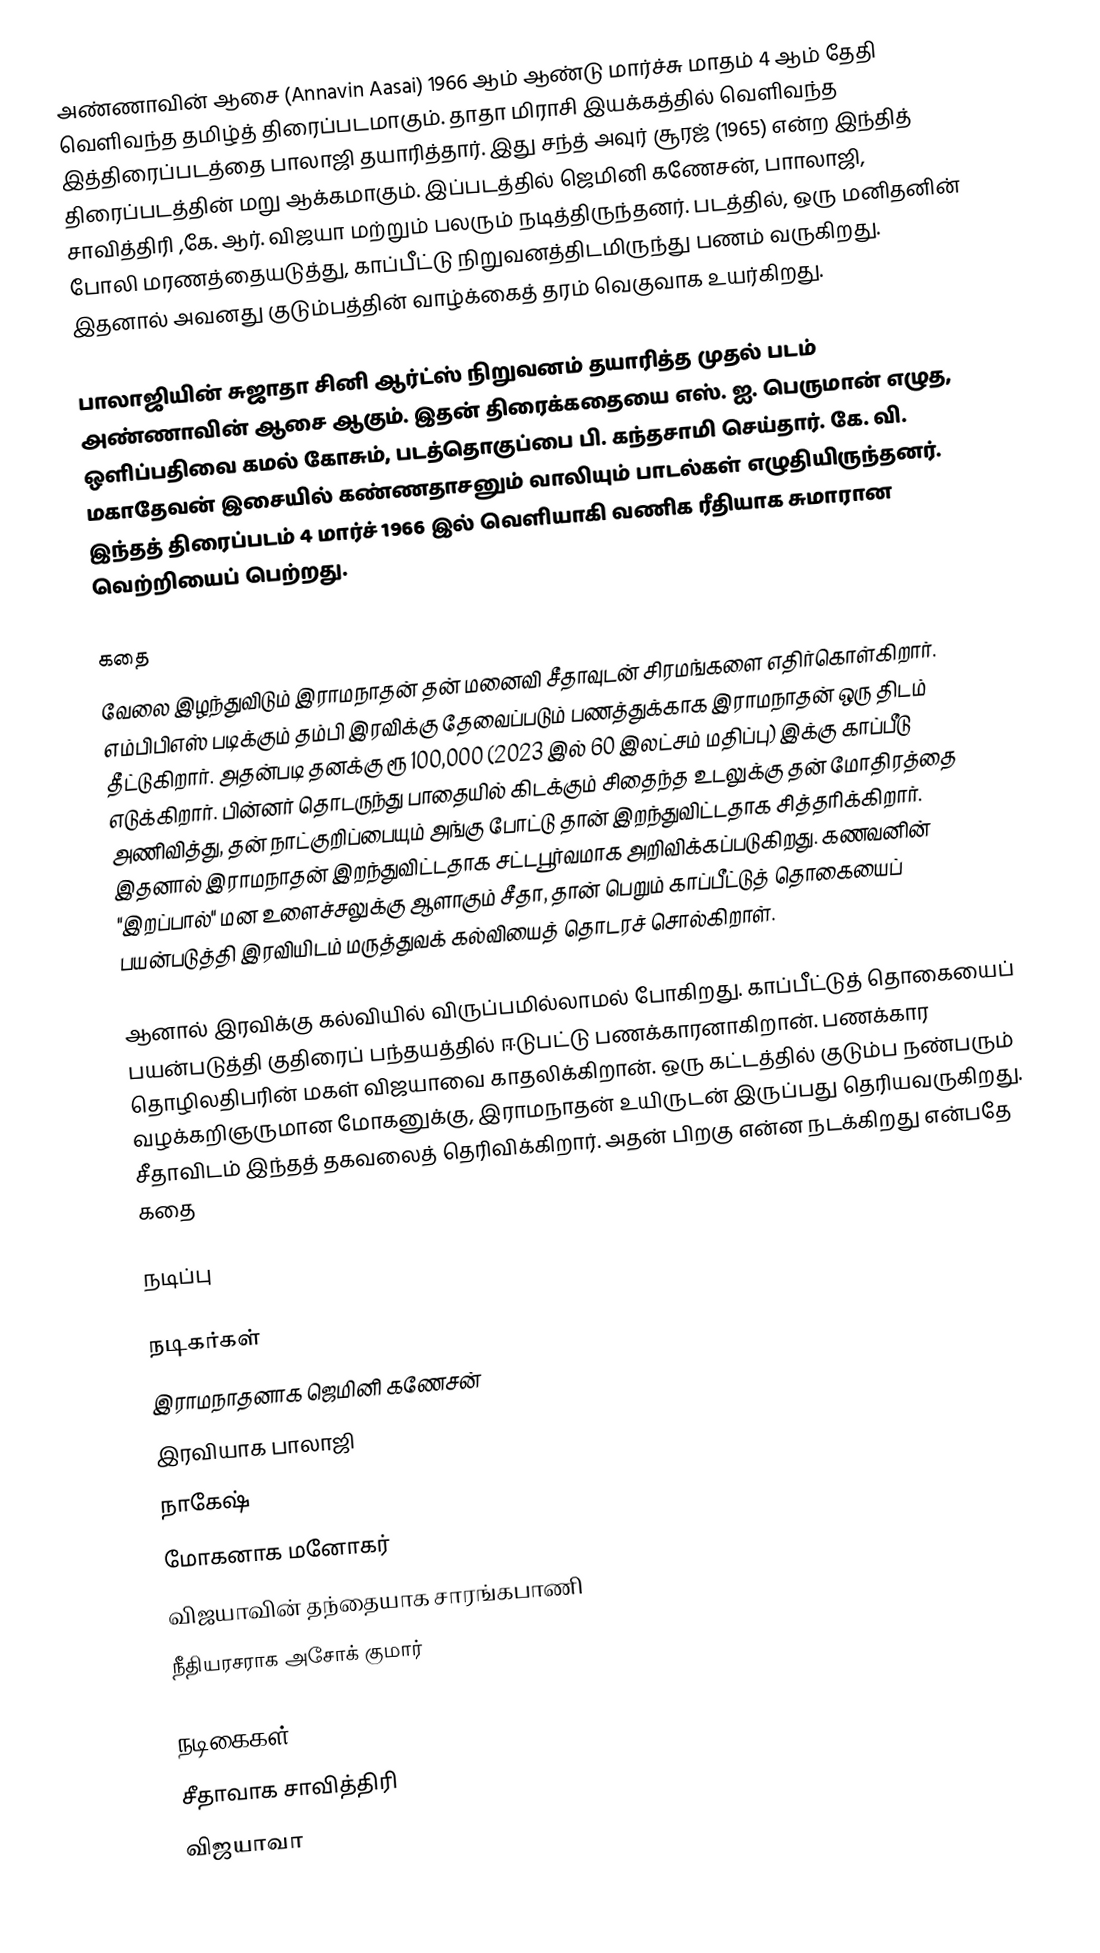
அண்ணாவின் ஆசை  (Annavin Aasai) 1966 ஆம் ஆண்டு மார்ச்சு மாதம் 4 ஆம் தேதி வெளிவந்த தமிழ்த் திரைப்படமாகும். தாதா மிராசி இயக்கத்தில் வெளிவந்த இத்திரைப்படத்தை பாலாஜி தயாரித்தார். இது சந்த் அவுர் சூரஜ் (1965) என்ற இந்தித் திரைப்படத்தின் மறு ஆக்கமாகும். இப்படத்தில் ஜெமினி கணேசன், பாாலாஜி, சாவித்திரி ,கே. ஆர். விஜயா மற்றும் பலரும் நடித்திருந்தனர். படத்தில், ஒரு மனிதனின் போலி மரணத்தையடுத்து, காப்பீட்டு நிறுவனத்திடமிருந்து பணம் வருகிறது. இதனால் அவனது குடும்பத்தின் வாழ்க்கைத் தரம் வெகுவாக உயர்கிறது.

பாலாஜியின் சுஜாதா சினி ஆர்ட்ஸ் நிறுவனம் தயாரித்த முதல் படம் அண்ணாவின் ஆசை ஆகும். இதன் திரைக்கதையை எஸ். ஐ. பெருமான் எழுத, ஒளிப்பதிவை கமல் கோசும், படத்தொகுப்பை பி. கந்தசாமி செய்தார். கே. வி. மகாதேவன் இசையில் கண்ணதாசனும் வாலியும் பாடல்கள் எழுதியிருந்தனர். இந்தத் திரைப்படம் 4 மார்ச் 1966 இல் வெளியாகி வணிக ரீதியாக சுமாரான வெற்றியைப் பெற்றது.

கதை
வேலை இழந்துவிடும் இராமநாதன் தன் மனைவி சீதாவுடன் சிரமங்களை எதிர்கொள்கிறார். எம்பிபிஎஸ் படிக்கும் தம்பி இரவிக்கு தேவைப்படும் பணத்துக்காக இராமநாதன் ஒரு திடம் தீட்டுகிறார். அதன்படி தனக்கு ரூ 100,000 (2023 இல் 60 இலட்சம் மதிப்பு) இக்கு காப்பீடு எடுக்கிறார். பின்னர் தொடருந்து பாதையில் கிடக்கும் சிதைந்த உடலுக்கு தன் மோதிரத்தை அணிவித்து, தன் நாட்குறிப்பையும் அங்கு போட்டு தான் இறந்துவிட்டதாக சித்தரிக்கிறார். இதனால் இராமநாதன் இறந்துவிட்டதாக சட்டபூர்வமாக அறிவிக்கப்படுகிறது. கணவனின் "இறப்பால்" மன உளைச்சலுக்கு ஆளாகும் சீதா, தான் பெறும் காப்பீட்டுத் தொகையைப் பயன்படுத்தி இரவியிடம் மருத்துவக் கல்வியைத் தொடரச் சொல்கிறாள்.

ஆனால் இரவிக்கு கல்வியில் விருப்பமில்லாமல் போகிறது. காப்பீட்டுத் தொகையைப் பயன்படுத்தி குதிரைப் பந்தயத்தில் ஈடுபட்டு பணக்காரனாகிறான். பணக்கார தொழிலதிபரின் மகள் விஜயாவை காதலிக்கிறான். ஒரு கட்டத்தில் குடும்ப நண்பரும் வழக்கறிஞருமான மோகனுக்கு, இராமநாதன் உயிருடன் இருப்பது தெரியவருகிறது. சீதாவிடம் இந்தத் தகவலைத் தெரிவிக்கிறார். அதன் பிறகு என்ன நடக்கிறது என்பதே கதை

நடிப்பு

நடிகர்கள்
 இராமநாதனாக ஜெமினி கணேசன்
 இரவியாக பாலாஜி
 நாகேஷ்
 மோகனாக மனோகர்
 விஜயாவின் தந்தையாக சாரங்கபாணி
 நீதியரசராக அசோக் குமார்

நடிகைகள்t
 சீதாவாக சாவித்திரி
 விஜயாவா